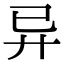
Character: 异